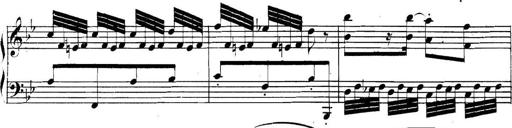
Title: Collected Piano Sonatas
Composer: Muzio Clementi